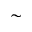
\sim